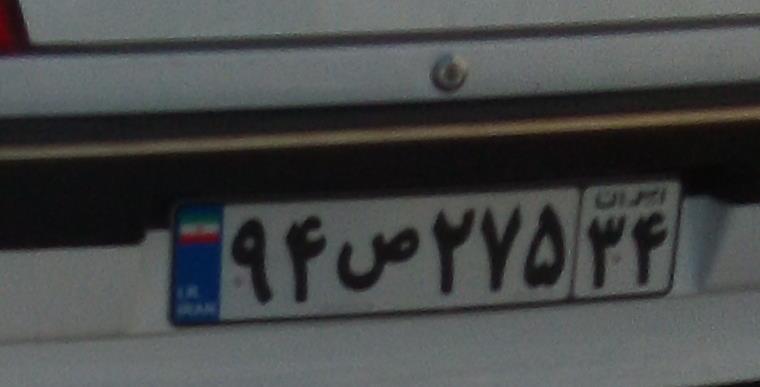
۹۴ص۲۷۵۳۴